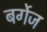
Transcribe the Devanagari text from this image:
बर्गेज